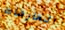
العارضات